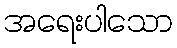
အရေးပါသော